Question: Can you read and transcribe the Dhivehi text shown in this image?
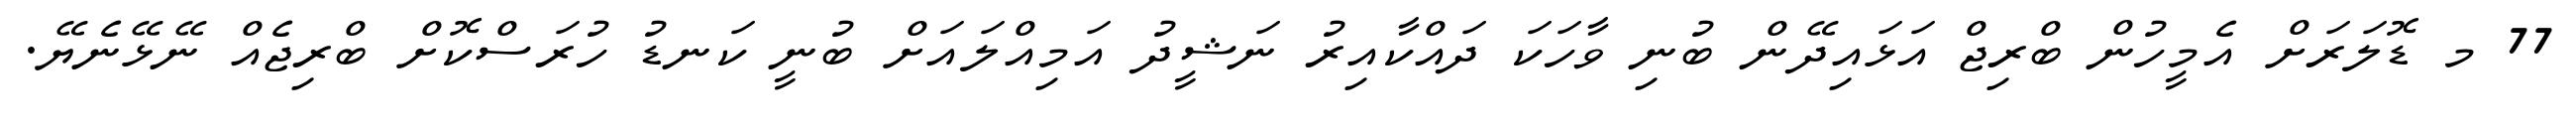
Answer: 77 މ ޑޮލަރަށް އެމީހުން ބްރިޖް އަޅައިދޭން ބުނި ވާހަކަ ދައްކާއިރު ނަޝީދު އަމިއްލައަށް ބުނީ ކަނޑު ހުރަސްކޮށް ބްރިޖެއް ނޭޅޭނެޔޭ.